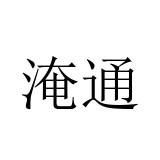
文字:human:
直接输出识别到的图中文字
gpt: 淹通